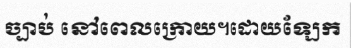
ច្បាប់ នៅពេលក្រោយ។ដោយឡែក